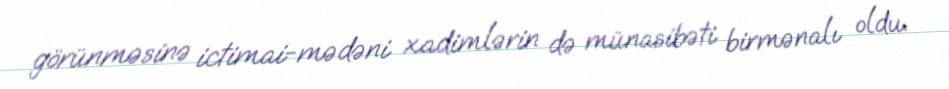
görünməsinə ictimai-mədəni xadimlərin də münasibəti birmənalı oldu.